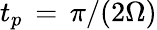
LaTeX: t_{p}\, =\, \pi/(2\Omega)